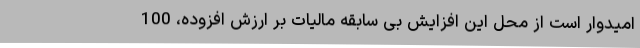
امیدوار است از محل این افزایش بی سابقه مالیات بر ارزش افزوده، 100